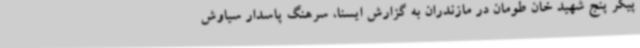
پیکر پنج شهید خان طومان در مازندران به گزارش ایسنا، سرهنگ پاسدار سیاوش